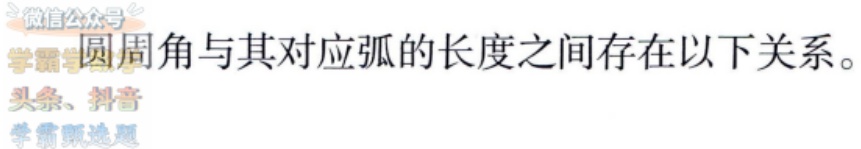
圆周角与其对应弧的长度之间存在以下关系。